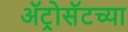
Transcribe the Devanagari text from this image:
ॲट्रोसॅटच्या